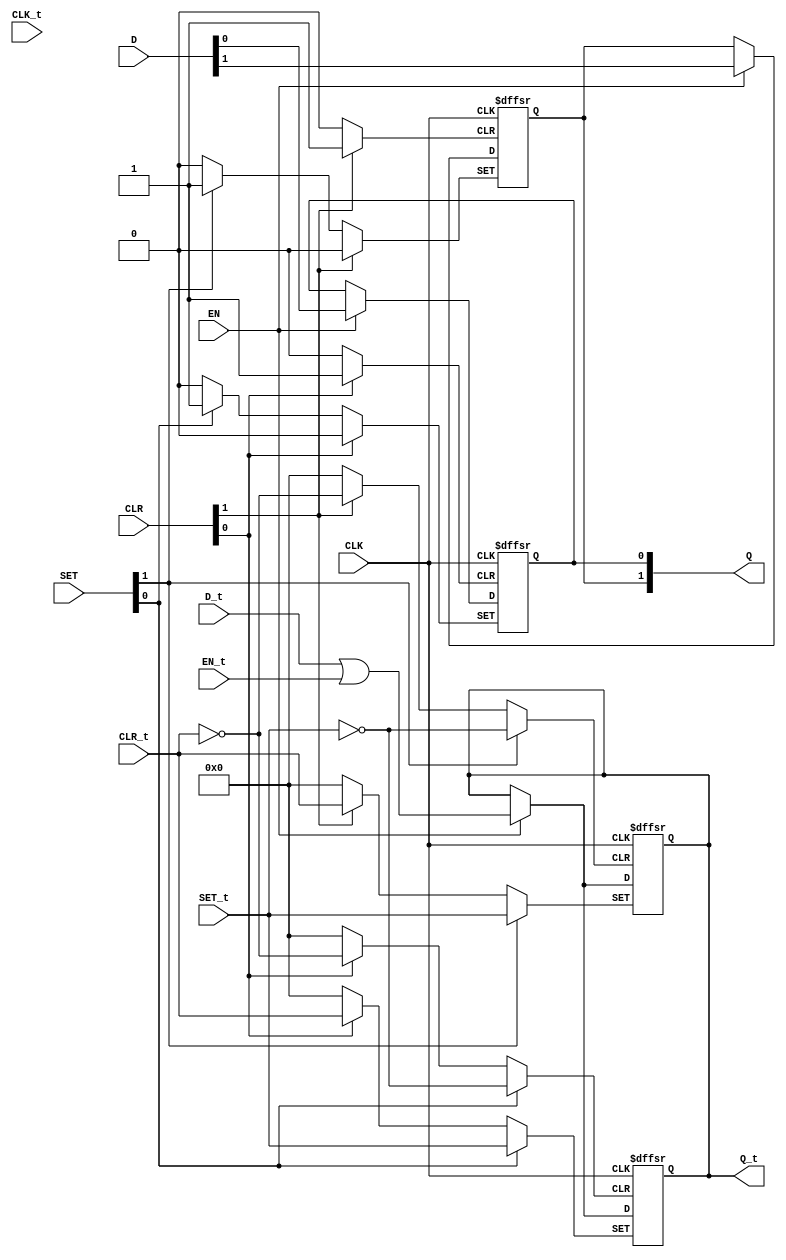
/* Generated by Yosys 0.20 (git sha1 4fcb95ed087, clang  -fPIC -Os) */

(* dynports =  1  *)
(* src = "dlatch.v:1.1-15.10" *)
module m_0(CLR, CLR_t, D, D_t, CLK, CLK_t,EN, EN_t, Q, Q_t, SET, SET_t);
  (* src = "dlatch.v:6.7-6.9" *)
  input CLK;
  wire CLK;
  (* src = "dlatch.v:7.19-7.20" *)
  input [1:0] CLR;
  wire [1:0] CLR;
  (* src = "dlatch.v:7.19-7.20" *)
  input [1:0] D;
  wire [1:0] D;
  (* src = "dlatch.v:7.19-7.20" *)
  input EN;
  wire EN;
  (* src = "dlatch.v:8.24-8.25" *)
  output [1:0] Q;
  reg [1:0] Q;
  (* src = "dlatch.v:7.19-7.20" *)
  input [1:0] SET;
  wire [1:0] SET;
  
   input [31:0] CLK_t;
  input [31:0] D_t;
  input [31:0] SET_t;
  input [31:0] CLR_t;
  input [31:0] EN_t;
  output reg [31:0] Q_t = 0;
  (* src = "dlatch.v:10.1-13.4" *)
  always @(posedge CLK, posedge SET[0], posedge CLR[0])begin
    if (CLR[0]) begin
    Q[0] <= 1'b0;
    Q_t <= CLR_t;
    end
    else if (SET[0])begin
     Q[0] <= 1'b1;
     Q_t <= SET_t;
     end
    else if(EN) begin
    Q[0] <= D[0];
    Q_t <= D_t | EN_t;
    end
    end
  (* src = "dlatch.v:10.1-13.4" *)
   always @(posedge CLK, posedge SET[1], posedge CLR[1])begin
    if (CLR[1]) begin
    Q[1] <= 1'b0;
    Q_t <= CLR_t;
    end
    else if (SET[1])begin
     Q[1] <= 1'b1;
     Q_t <= SET_t;
     end
    else if(EN)begin
    Q[1] <= D[1];
    Q_t <= D_t | EN_t;
    end
    end
endmodule